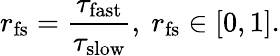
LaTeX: {r}_{\mathrm{fs}}=\frac{\tau_{\mathrm{fast}}}{\tau_{\mathrm{slow}}},\ r_{\mathrm{fs}}\in[0,1].